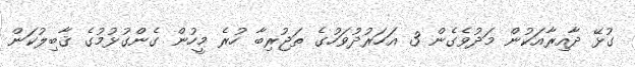
ގުޅޭ ދާއިރާއަކުން މަދުވެގެން 3 އަހަރުދުވަހުގެ ތަޖުރިބާ ހުރެ މީހުން ގެންގުޅުމުގެ ޤާބިލުކަން